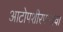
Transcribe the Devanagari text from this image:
आटोपशीरपणाचा